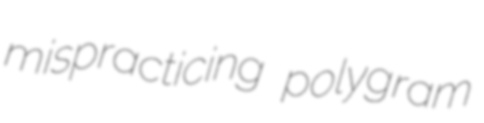
mispracticing polygram